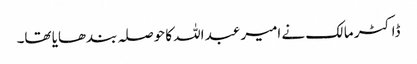
ڈاکٹر مالک نے امیر عبد اللہ کا حوصلہ بندھایا تھا۔